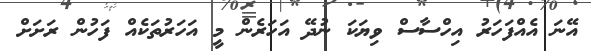
އޭނަ އެއްފަހަރު އިހްސާސް ވިޔަކަ ނުދޭ އަހަރެން މީ އަހަރުތަކެއް ފަހުން ރަށަށް